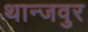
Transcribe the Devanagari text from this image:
थान्जवुर